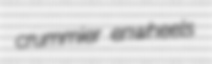
crummier enwheels